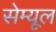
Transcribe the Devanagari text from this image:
सेम्यूल